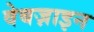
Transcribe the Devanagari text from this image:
वेबज़ाइन